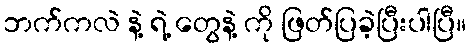
ဘက်ကလဲ နဲ့ ရဲ့ တွေနဲ့ ကို ဖြတ်ပြခဲ့ပြီးပါပြီ။